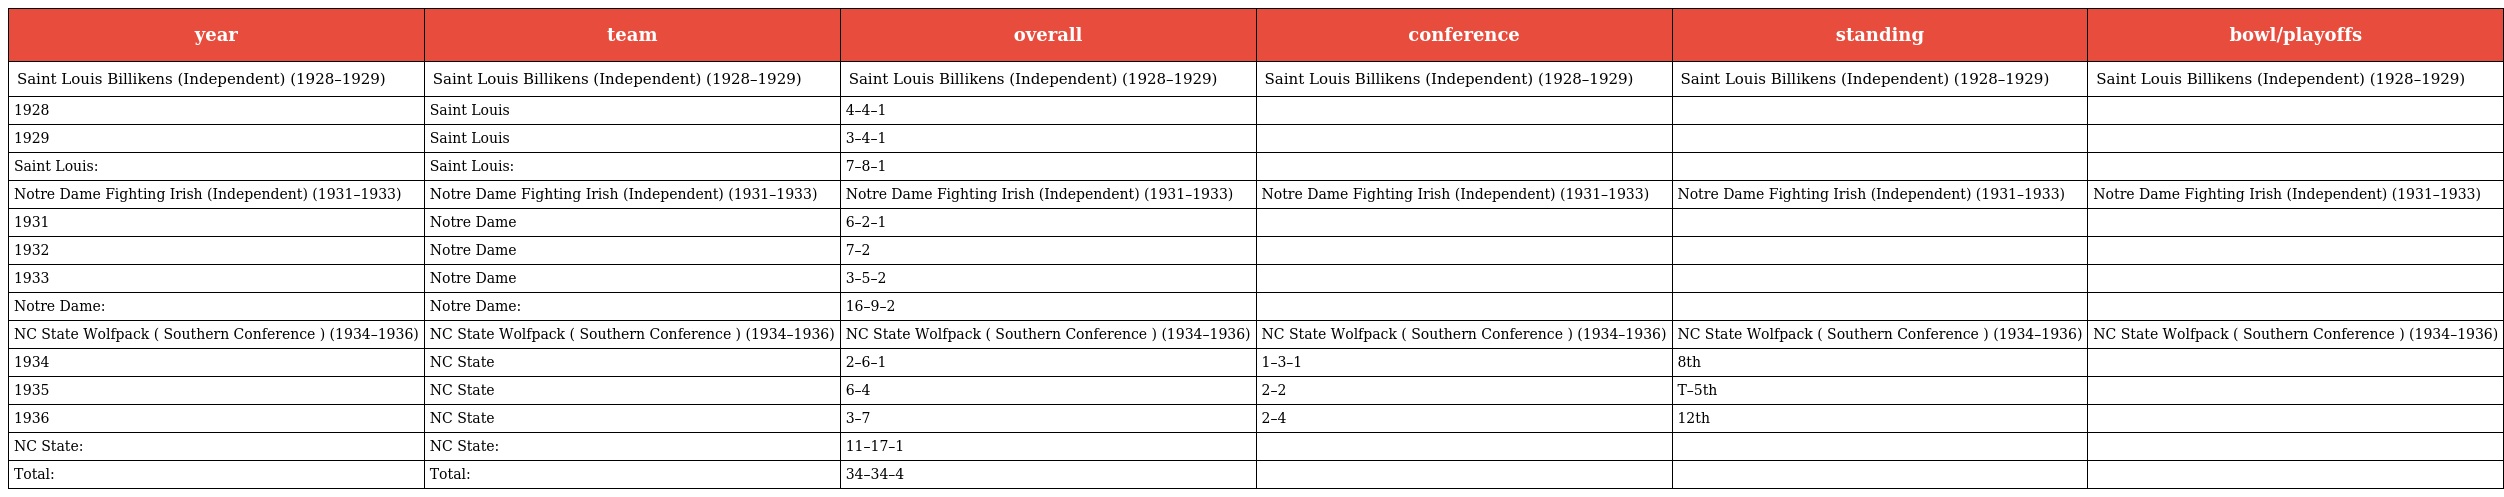
| year | team | overall | conference | standing | bowl/playoffs |
 | --- | --- | --- | --- | --- | --- |
 | Saint Louis Billikens (Independent) (1928–1929) | Saint Louis Billikens (Independent) (1928–1929) | Saint Louis Billikens (Independent) (1928–1929) | Saint Louis Billikens (Independent) (1928–1929) | Saint Louis Billikens (Independent) (1928–1929) | Saint Louis Billikens (Independent) (1928–1929) |
 | 1928 | Saint Louis | 4–4–1 |  |  |  |
 | 1929 | Saint Louis | 3–4–1 |  |  |  |
 | Saint Louis: | Saint Louis: | 7–8–1 |  |  |  |
 | Notre Dame Fighting Irish (Independent) (1931–1933) | Notre Dame Fighting Irish (Independent) (1931–1933) | Notre Dame Fighting Irish (Independent) (1931–1933) | Notre Dame Fighting Irish (Independent) (1931–1933) | Notre Dame Fighting Irish (Independent) (1931–1933) | Notre Dame Fighting Irish (Independent) (1931–1933) |
 | 1931 | Notre Dame | 6–2–1 |  |  |  |
 | 1932 | Notre Dame | 7–2 |  |  |  |
 | 1933 | Notre Dame | 3–5–2 |  |  |  |
 | Notre Dame: | Notre Dame: | 16–9–2 |  |  |  |
 | NC State Wolfpack ( Southern Conference ) (1934–1936) | NC State Wolfpack ( Southern Conference ) (1934–1936) | NC State Wolfpack ( Southern Conference ) (1934–1936) | NC State Wolfpack ( Southern Conference ) (1934–1936) | NC State Wolfpack ( Southern Conference ) (1934–1936) | NC State Wolfpack ( Southern Conference ) (1934–1936) |
 | 1934 | NC State | 2–6–1 | 1–3–1 | 8th |  |
 | 1935 | NC State | 6–4 | 2–2 | T–5th |  |
 | 1936 | NC State | 3–7 | 2–4 | 12th |  |
 | NC State: | NC State: | 11–17–1 |  |  |  |
 | Total: | Total: | 34–34–4 |  |  |  |